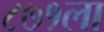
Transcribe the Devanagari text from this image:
८७१ला